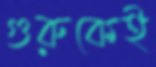
গুরুকেই